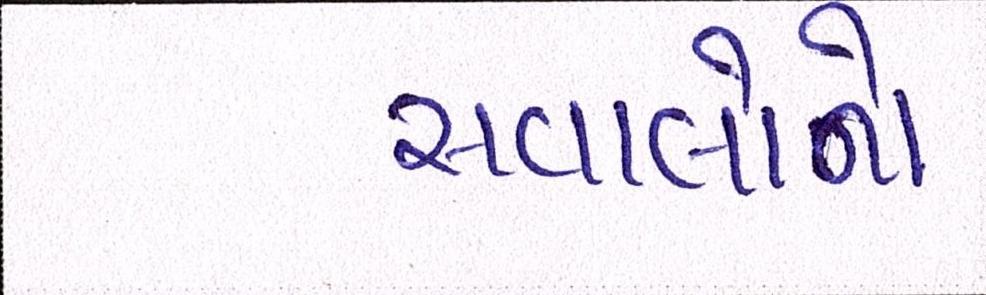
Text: સવાલોનો